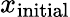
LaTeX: x_{\mathrm{{initial}}}